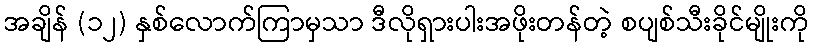
အချိန် (၁၂) နှစ်လောက်ကြာမှသာ ဒီလိုရှားပါးအဖိုးတန်တဲ့ စပျစ်သီးခိုင်မျိုးကို